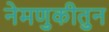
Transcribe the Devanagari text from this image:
नेमणुकीतुन